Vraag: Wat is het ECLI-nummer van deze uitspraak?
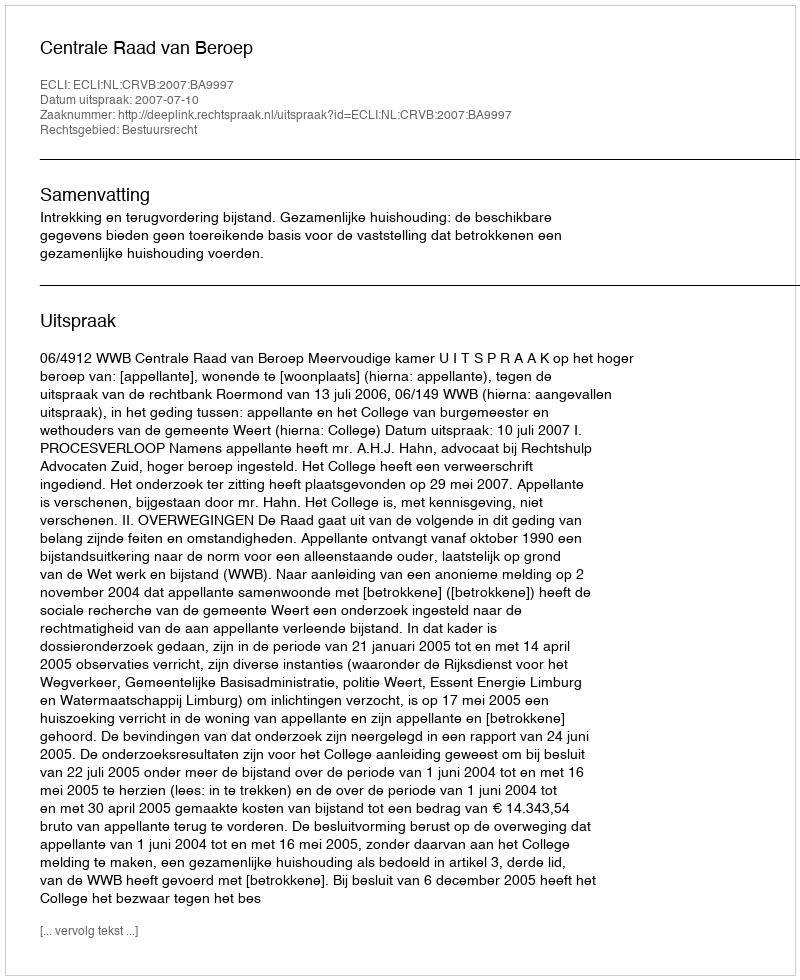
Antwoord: ECLI:NL:CRVB:2007:BA9997